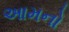
આમનો